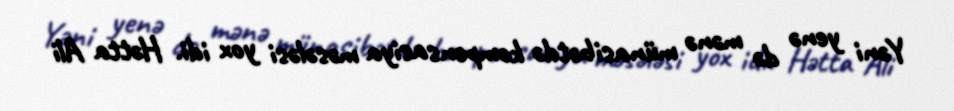
Yəni yenə də mənə münasibətdə kompensasiya məsələsi yox idi. Hətta Ali